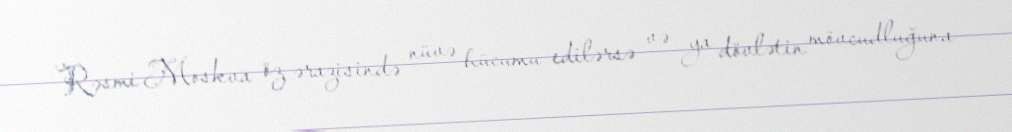
Rəsmi Moskva öz ərazisində nüvə hücumu edilərsə və ya dövlətin mövcudluğuna